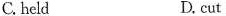
C.held D.cut